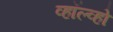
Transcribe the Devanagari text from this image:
व्हॉल्व्हो